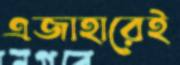
এজাহারেই